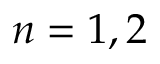
n = 1 , 2